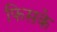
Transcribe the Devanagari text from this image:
फिसके